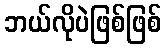
ဘယ်လိုပဲဖြစ်ဖြစ်